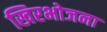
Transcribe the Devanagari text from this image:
खिरभोजना